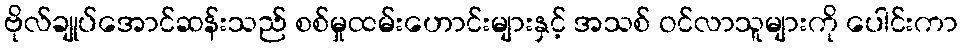
ဗိုလ်ချုပ်အောင်ဆန်းသည် စစ်မှုထမ်းဟောင်းများနှင့် အသစ် ဝင်လာသူများကို ပေါင်းကာ